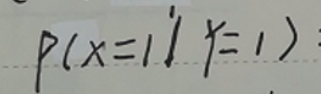
\[
P(X = 1\mid Y = 1)
\]